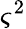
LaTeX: \varsigma^{2}